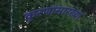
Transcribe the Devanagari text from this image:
कुरणांसारख्या